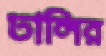
ঢালির